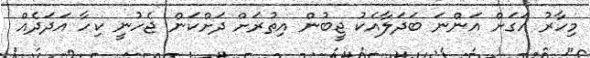
މިހާރު އަގަށް އަންނަ ބަދަލާއެކު ޖީބުން އިތުރަށް ދަށްކަން ޖެހުނީ ކިހާ އަދަދެއް